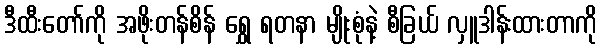
ဒီထီးတော်ကို အဖိုးတန်စိန် ရွှေ ရတနာ မျိုးစုံနဲ့ စီခြယ် လှူဒါန်းထားတာကို